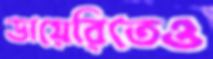
ডায়েরিতেও